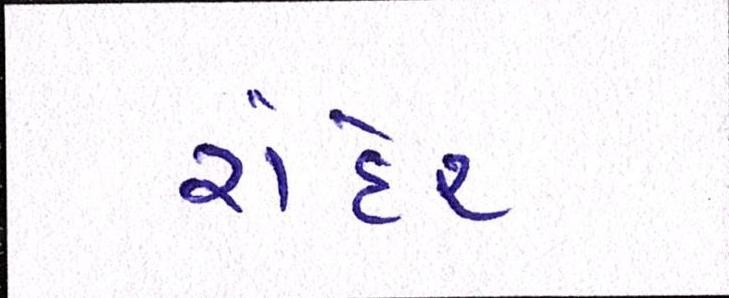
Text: રાંદેર